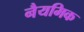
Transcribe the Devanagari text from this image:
नैयमिक